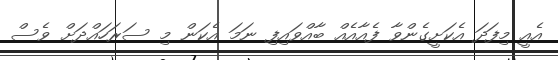
އެއީ މިފަދަ އެކަށީގެންވާ ފެއާއެއް ބާއްވައިފި ނަމަ އެކަން މި ސަރަހައްދަށް ވެސް